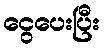
ငွေပေးပြီး